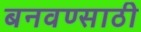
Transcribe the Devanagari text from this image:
बनवण्साठी